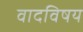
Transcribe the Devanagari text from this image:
वादविषय